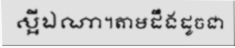
ស្អីឯណា។តាមដឹងដូចជា